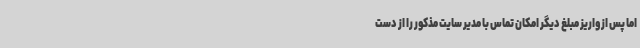
اما پس از واریز مبلغ دیگر امکان تماس با مدیر سایت مذکور را از دست